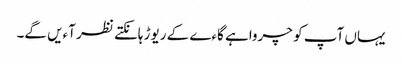
یہاں آپ کو چرواہے گاءے کے ریوڑ ہانکتے نظر آءیں گے۔